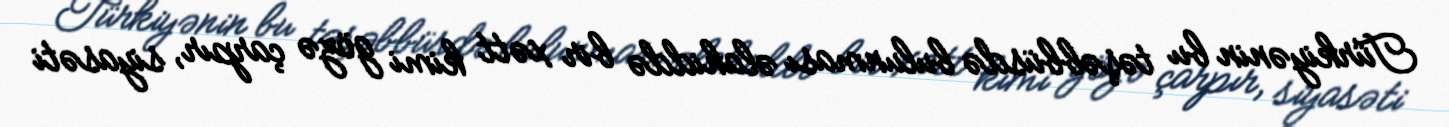
Türkiyənin bu təşəbbüsdə bulunması əlahiddə bir xətt kimi gözə çarpır, siyasəti